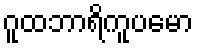
ဂူထဘာရိကူပမော